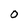
Character: 0